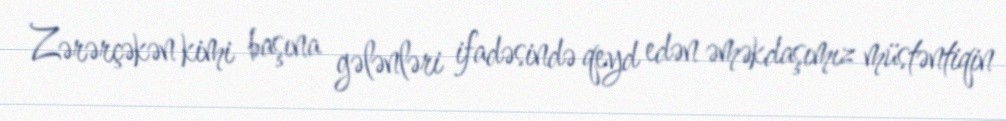
Zərərçəkən kimi başına gələnləri ifadəsində qeyd edən əməkdaşımız müstəntiqin